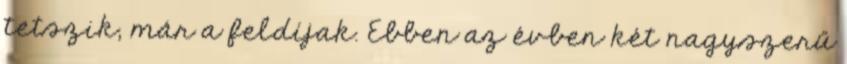
tetszik, már a feldíjak. Ebben az évben két nagyszerű